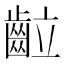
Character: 䶘